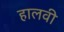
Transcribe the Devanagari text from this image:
हालवी